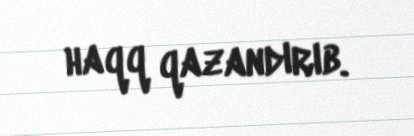
haqq qazandırıb.